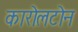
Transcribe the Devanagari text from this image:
कारोलटोन